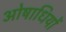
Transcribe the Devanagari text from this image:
ओषाधियों